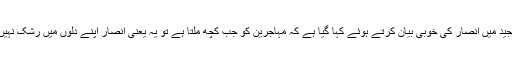
قرآن مجید میں انصار کی خوبی بیان کرتے ہوئے کہا گیا ہے کہ مہاجرین کو جب کچھ ملتا ہے تو یہ یعنی انصار اپنے دلوں میں رشک نہیں پاتے۔